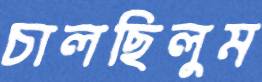
চালছিলুম